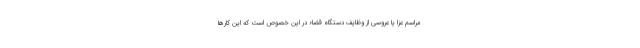
مراسم عزا یا عروسی از وظایف دستگاه قضاء در این خصوص است که این کارها